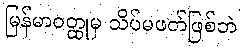
မြန်မာဝတ္ထုမှ သိပ်မဖတ်ဖြစ်ဘဲ